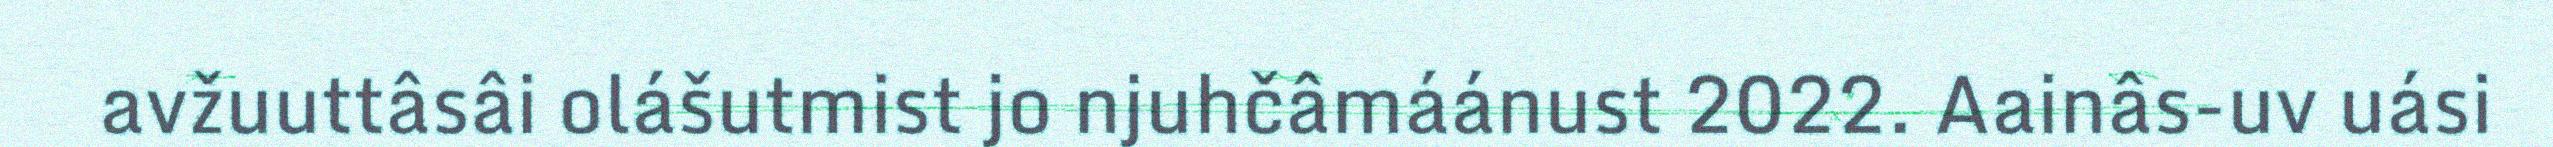
avžuuttâsâi olášutmist jo njuhčâmáánust 2022. Aainâs-uv uási